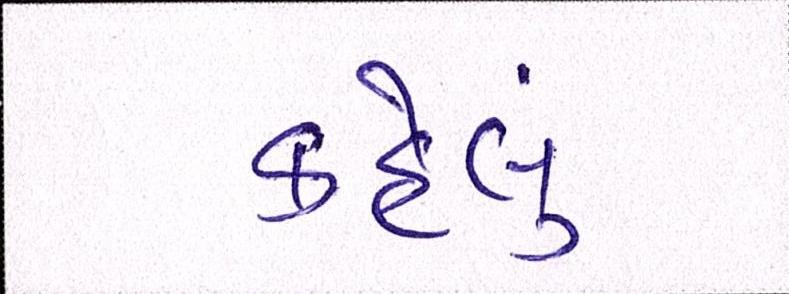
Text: કહેલું